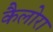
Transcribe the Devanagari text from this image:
कैलोरा